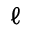
\ell